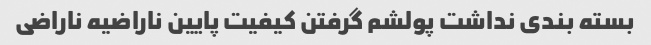
بسته بندی نداشت پولشم گرفتن کیفیت پایین ناراضیه ناراضی